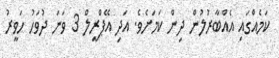
ކަމެއްގައި އެއްބާރުލުން ދިން ކަމަށެވެ. އަދި އޭޕްރީލް 3 ވަނަ ދުވަހު ހަވީރު